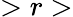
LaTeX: >r>